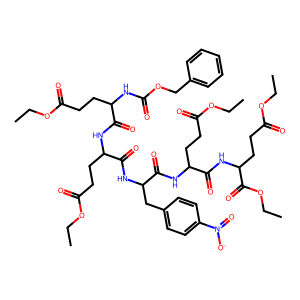
SMILES: CCOC(=O)CCC(NC(=O)OCc1ccccc1)C(=O)NC(CCC(=O)OCC)C(=O)NC(Cc1ccc([N+](=O)[O-])cc1)C(=O)NC(CCC(=O)OCC)C(=O)NC(CCC(=O)OCC)C(=O)OCC
Inhibits HIV replication: No